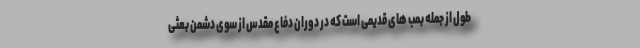
طول از جمله بمب های قدیمی است که در دوران دفاع مقدس از سوی دشمن بعثی